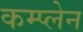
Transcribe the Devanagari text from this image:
कम्प्लेन